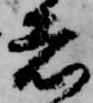
者